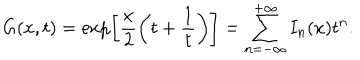
G ( x , t ) = \exp \left[ \frac { x } { 2 } \left( t + \frac { 1 } { t } \right) \right] = \sum _ { n = - \infty } ^ { + \infty } I _ { n } ( x ) t ^ { n } .